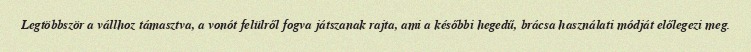
Legtöbbször a vállhoz támasztva, a vonót felülről fogva játszanak rajta, ami a későbbi hegedű, brácsa használati módját előlegezi meg.